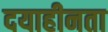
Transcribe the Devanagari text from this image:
दयाहीनता